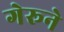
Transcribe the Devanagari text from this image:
गेरूने